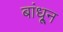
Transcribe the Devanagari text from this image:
बांधू्न